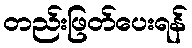
တည်းဖြတ်ပေးရန်